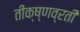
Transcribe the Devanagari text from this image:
तीक्ष्णव्रती